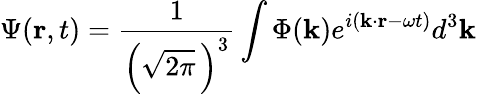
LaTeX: \Psi(\mathbf{r},t)={\frac{1}{\left({\sqrt{2\pi}}\, \right)^{3}}}\int\Phi(\mathbf{k})e^{i(\mathbf{k}\cdot\mathbf{r}-\omega t)}d^{3}\mathbf{k}\,